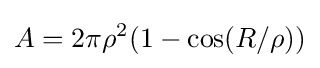
A=2\pi \rho ^{2}(1-\cos(R/\rho ))